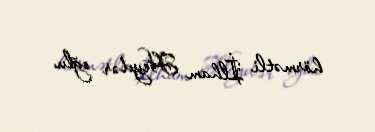
hörmətli İlham Heydər oğlu.